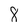
Character: 8